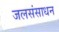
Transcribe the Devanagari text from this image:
जलसंसाधन